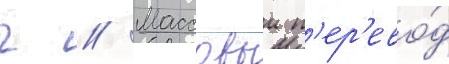
ч // Массовыи п'ер'ево́д